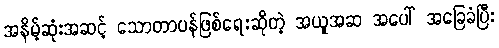
အနိမ့်ဆုံးအဆင့် သောတာပန်ဖြစ်ရေးဆိုတဲ့ အယူအဆ အပေါ် အခြေခံပြီး